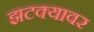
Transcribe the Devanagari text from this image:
झटक्यावर